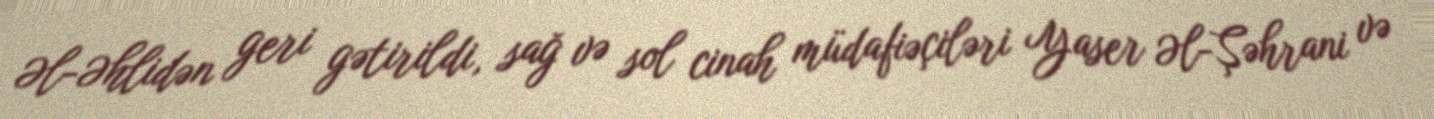
Əl-Əhlidən geri gətirildi, sağ və sol cinah müdafiəçiləri Yaser Əl-Şəhrani və